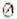
0